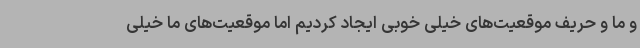
و ما و حریف موقعیت‌های خیلی خوبی ایجاد کردیم اما موقعیت‌های ما خیلی